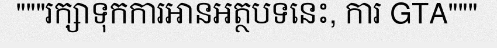
"""រក្សាទុកការអានអត្ថបទនេះ, ការ GTA"""